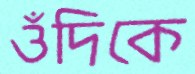
ওঁদিকে